Loodushoiu_ja_Turismi_Instituut, lk 163
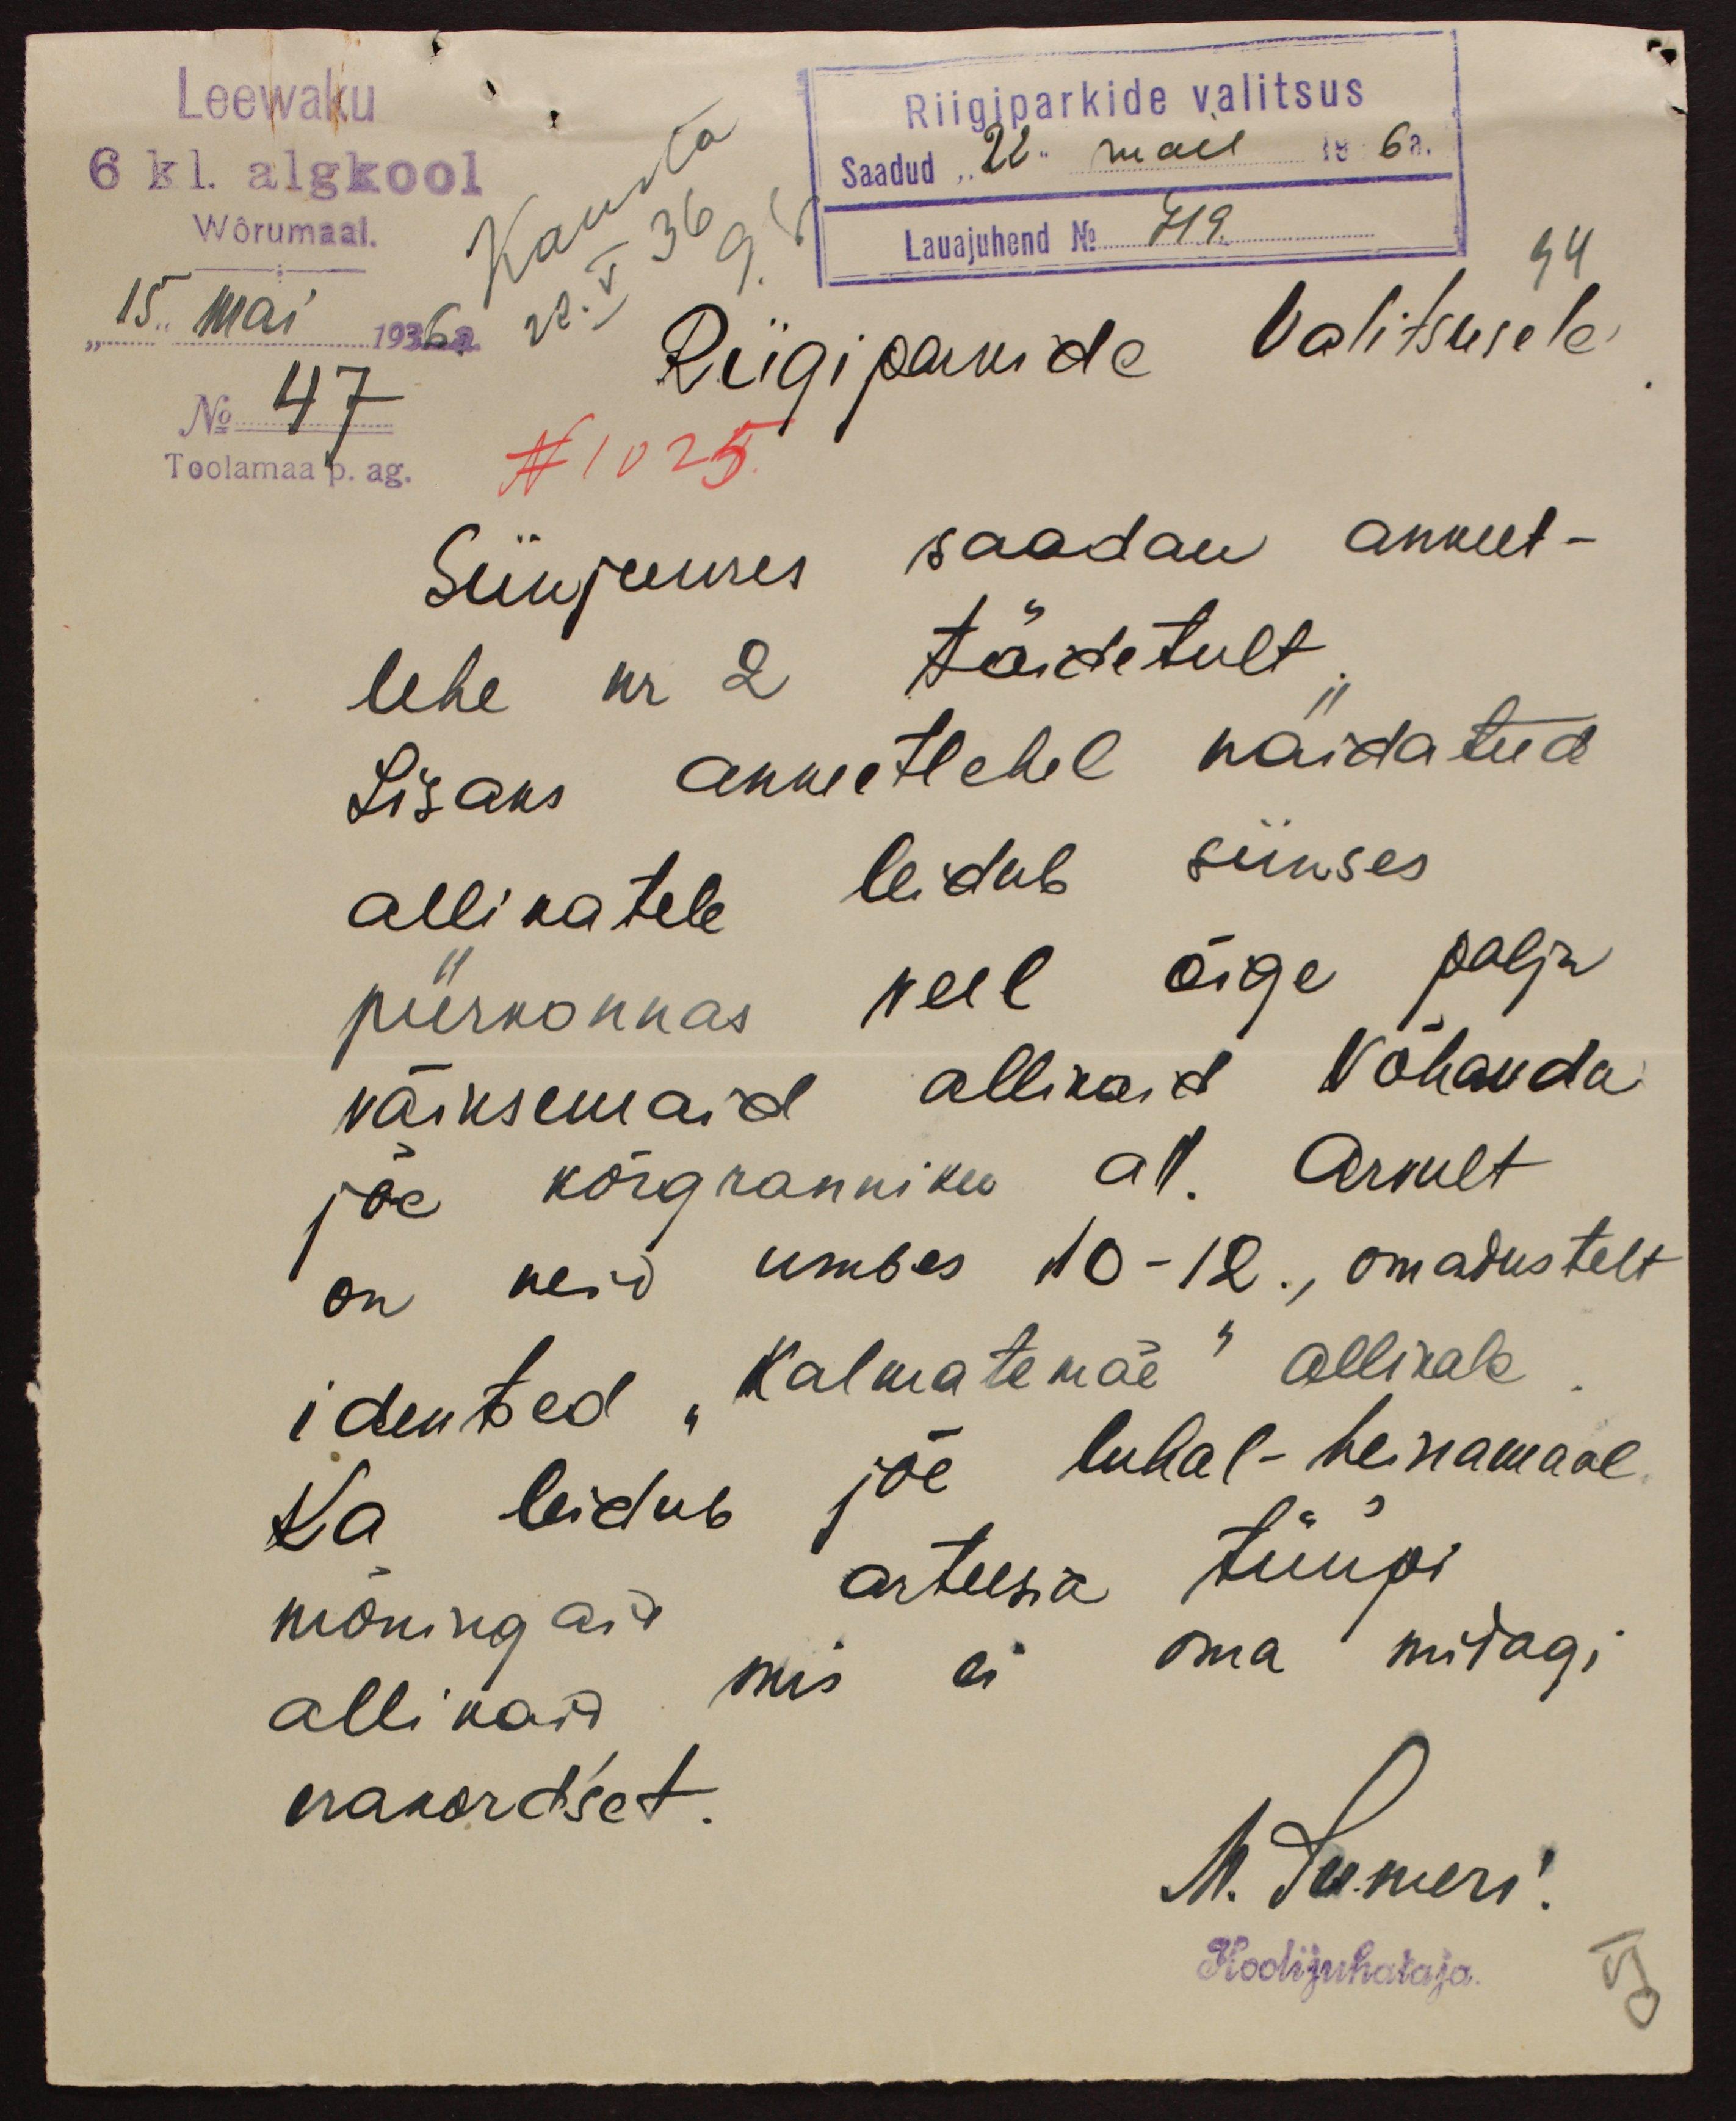
Leewaku
Riigiparkide valitsus
6 kl. algkool
Saadud "22" mail 1936a.
15. mai 1936 a
Wõrumaal.
Lauajuhend No 719.
94
No 47
Riigiparkide Valitsusele
Toolamaa p. ag.
N 1025.
Siinjuures saadan ankeet-
lehe nr 2 täidetult
Lisaks Ankeetlehel näidatud
allikatele leidub siinses
piirkonnas veel õige palju
väiksemaid allikaid Võhandu
jõe kõrgranniku all. Arvult
on neid umbes 10-12., omadustelt
identsed "Kalmatemäe" allikale
Ka leidub jõe luhal-heinamaal
mõningaid arteesia tüüpi
allikaid, mis ei oma midagi
erakordset
M. Sumeri
Koolijuhataja